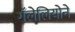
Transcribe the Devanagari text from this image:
गॅलेलियोने